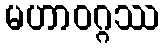
မဟာဝဂ္ဂဿ